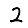
Digit: 2